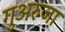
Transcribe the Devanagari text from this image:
गुअरुजा